Annual report on the working of the lock hospitals in the Central Provinces
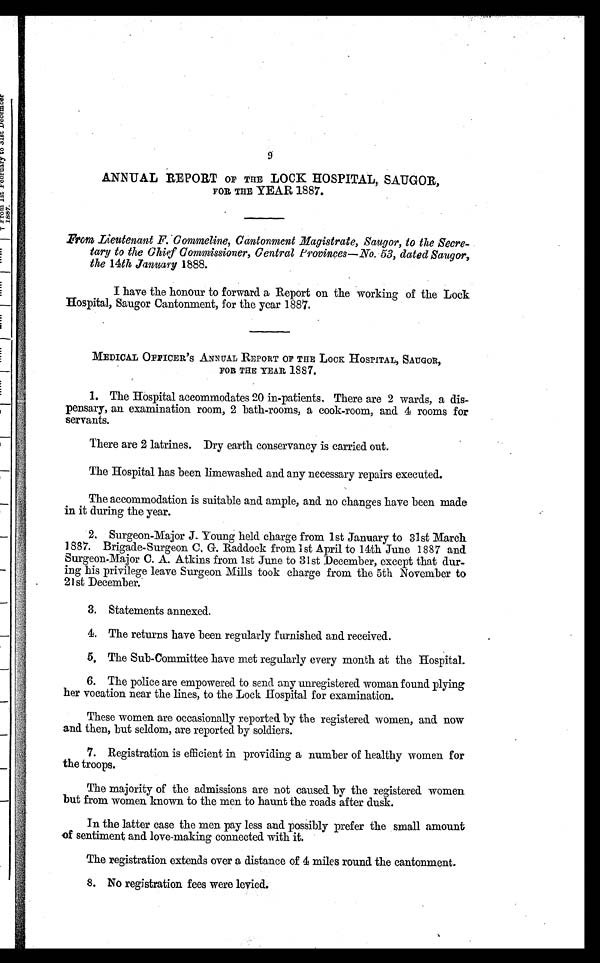
9
ANNUAL REPORT OF THE LOCK HOSPITAL, SAUGOR,
FOE, THE YEAR 1887.
From Lieutenant F. Commeline, Cantonment Magistrate, Saugor, to the Secre-
tary to the Chief Commissioner, Central Provinces—No. 53, dated Saugor,
the 14th January 1888.
I have the honour to forward a Report on the working of the Lock
Hospital, Saugor Cantonment, for the year 1887.
MEDICAL OFFICER'S ANNUAL REPORT OF THE LOCK HOSPITAL, SAUGOR,
FOB THE YEAR 1887.
1. The Hospital accommodates 20 in-patients, There are 2 wards, a dis-
pensary, an examination room, 2 bath-rooms, a cook-room, and 4 rooms for
servants.
There are 2 latrines. Dry earth conservancy is carried out.
The Hospital has been limewashed and any necessary repairs executed.
The accommodation is suitable and ample, and no changes have been made
in it during the year.
2. Surgeon-Major J. Young held charge from 1st January to 31st March
1887. Brigade-Surgeon C, G. haddock from 1st April to 14th June 1887 and
Surgeon-Major C. A. Atkins from 1st June to 31st December, except that dur-
ing his privilege leave Surgeon Mills took charge from the 5th November to
21st December.
3. Statements annexed.
4. The returns have been regularly furnished and received.
5. The Sub-Committee have met regularly every month at the Hospital.
6. The police are empowered to send any unregistered woman found plying
her vocation near the lines, to the Lock Hospital for examination.
These women are occasionally reported by the registered women, and now
and then, but seldom, are reported by soldiers.
7. Registration is efficient in providing a number of healthy women for
the troops.
The majority of the admissions are not caused by the registered women
but from women known to the men to haunt the roads after dusk.
In the latter case the men pay less and possibly prefer the small amount
of sentiment and love-making connected with it.
The registration extends over a distance of 4 miles round the cantonment.
8. No registration fees were levied.